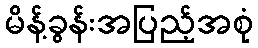
မိန့်ခွန်းအပြည့်အစုံ